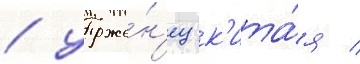
/ уроже́н'ец к'ита́я /